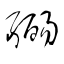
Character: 弼